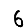
Digit: 6